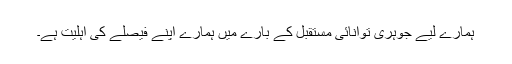
ہمارے لیے جوہری توانائی مستقبل کے بارے میں ہمارے اپنے فیصلے کی اہلیت ہے۔